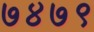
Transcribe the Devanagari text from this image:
७४७९